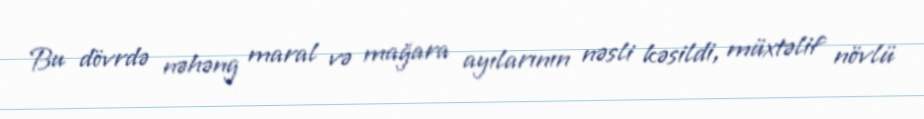
Bu dövrdə nəhəng maral və mağara ayılarının nəsli kəsildi, müxtəlif növlü